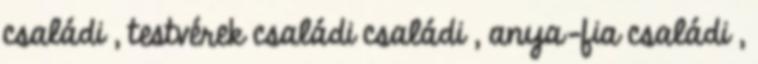
családi , testvérek családi családi , anya-fia családi ,